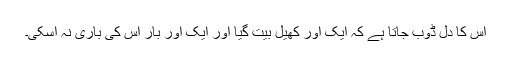
اس کا دل ڈوب جاتا ہے کہ ایک اور کھیل بیت گیا اور ایک اور بار اس کی باری نہ آسکی۔